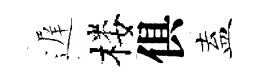
遅楼俱盍